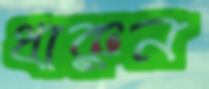
ধারুন